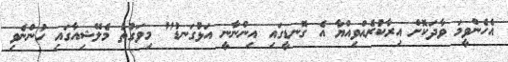
އެހެންވީމަ ވާދަކޮށް އިރާކުރެއްވިއްޔާ އެ ގޮނޑީގައި އިންނާނީ އަޅުގަނޑު" މިވަގުތު މެލޭޝިއާގައި ހުންނެވި